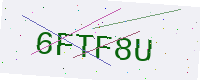
Text: 6FTF8U